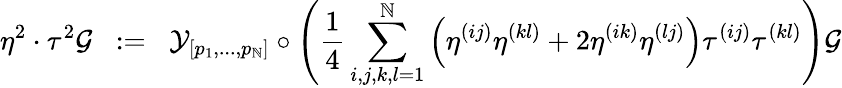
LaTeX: \eta^{2}\cdot\tau^{2}{\cal{G}}\; \; :=\; \; {\cal{Y}}_{[p_{1},...,p_{\mathbb{N}}]}\circ\left({\frac{{1}}{{4}}}\sum_{i,j,k,l=1}^{\mathbb{N}}\left(\eta^{(ij)}\eta^{(kl)}+2\eta^{(ik)}\eta^{(lj)}\right)\tau^{(ij)}\tau^{(kl)}\right){\cal{G}}